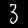
Digit: 3